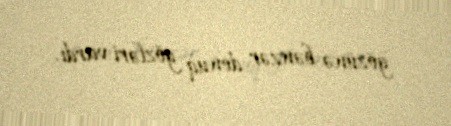
gözünə bənzər donuq gözləri vardı.